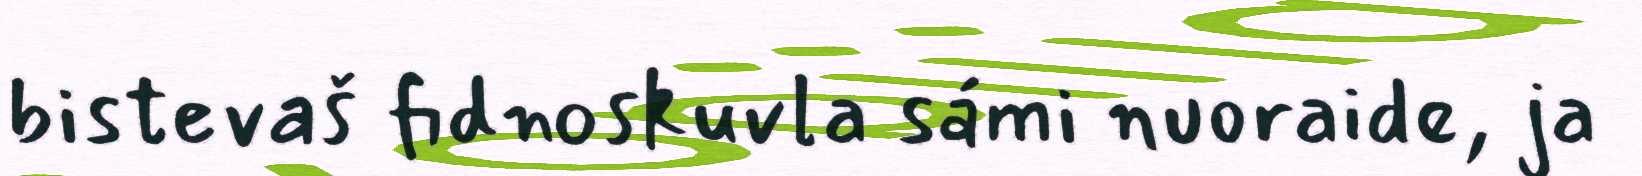
bistevaš fidnoskuvla sámi nuoraide, ja